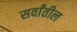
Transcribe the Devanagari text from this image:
सर्वांतील